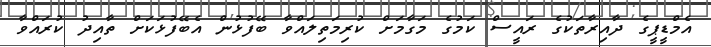
އެމްޑީޕީގެ ދާއިރާތަކުގެ ރައީސް ކަމުގެ މަގާމަށް ކުރިމަތިލައްވާ ބޭފުޅުން އެބޭފުޅަކަށް ތާއިދު ކުރައްވާ